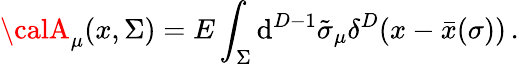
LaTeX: {\calA}_{\mu}(x,\Sigma)=E\int_{\Sigma}\mathrm{d}^{D-1}\tilde{{\sigma}}_{\mu}\delta^{D}(x-\bar{{x}}(\sigma))\, .